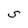
Character: S